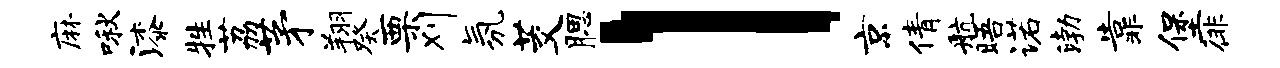
麻啾漆牲荔茅翔癸栗刈氛茭腮l京倩航晤诺渤靠堡徘